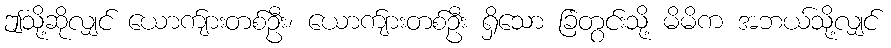
ဤသို့ဆိုလျှင် ယောက်ျားတစ်ဦး၊ ယောက်ျားတစ်ဦး ရှိသော ခြံတွင်းသို့ မိမိက အဘယ်သို့လျှင်